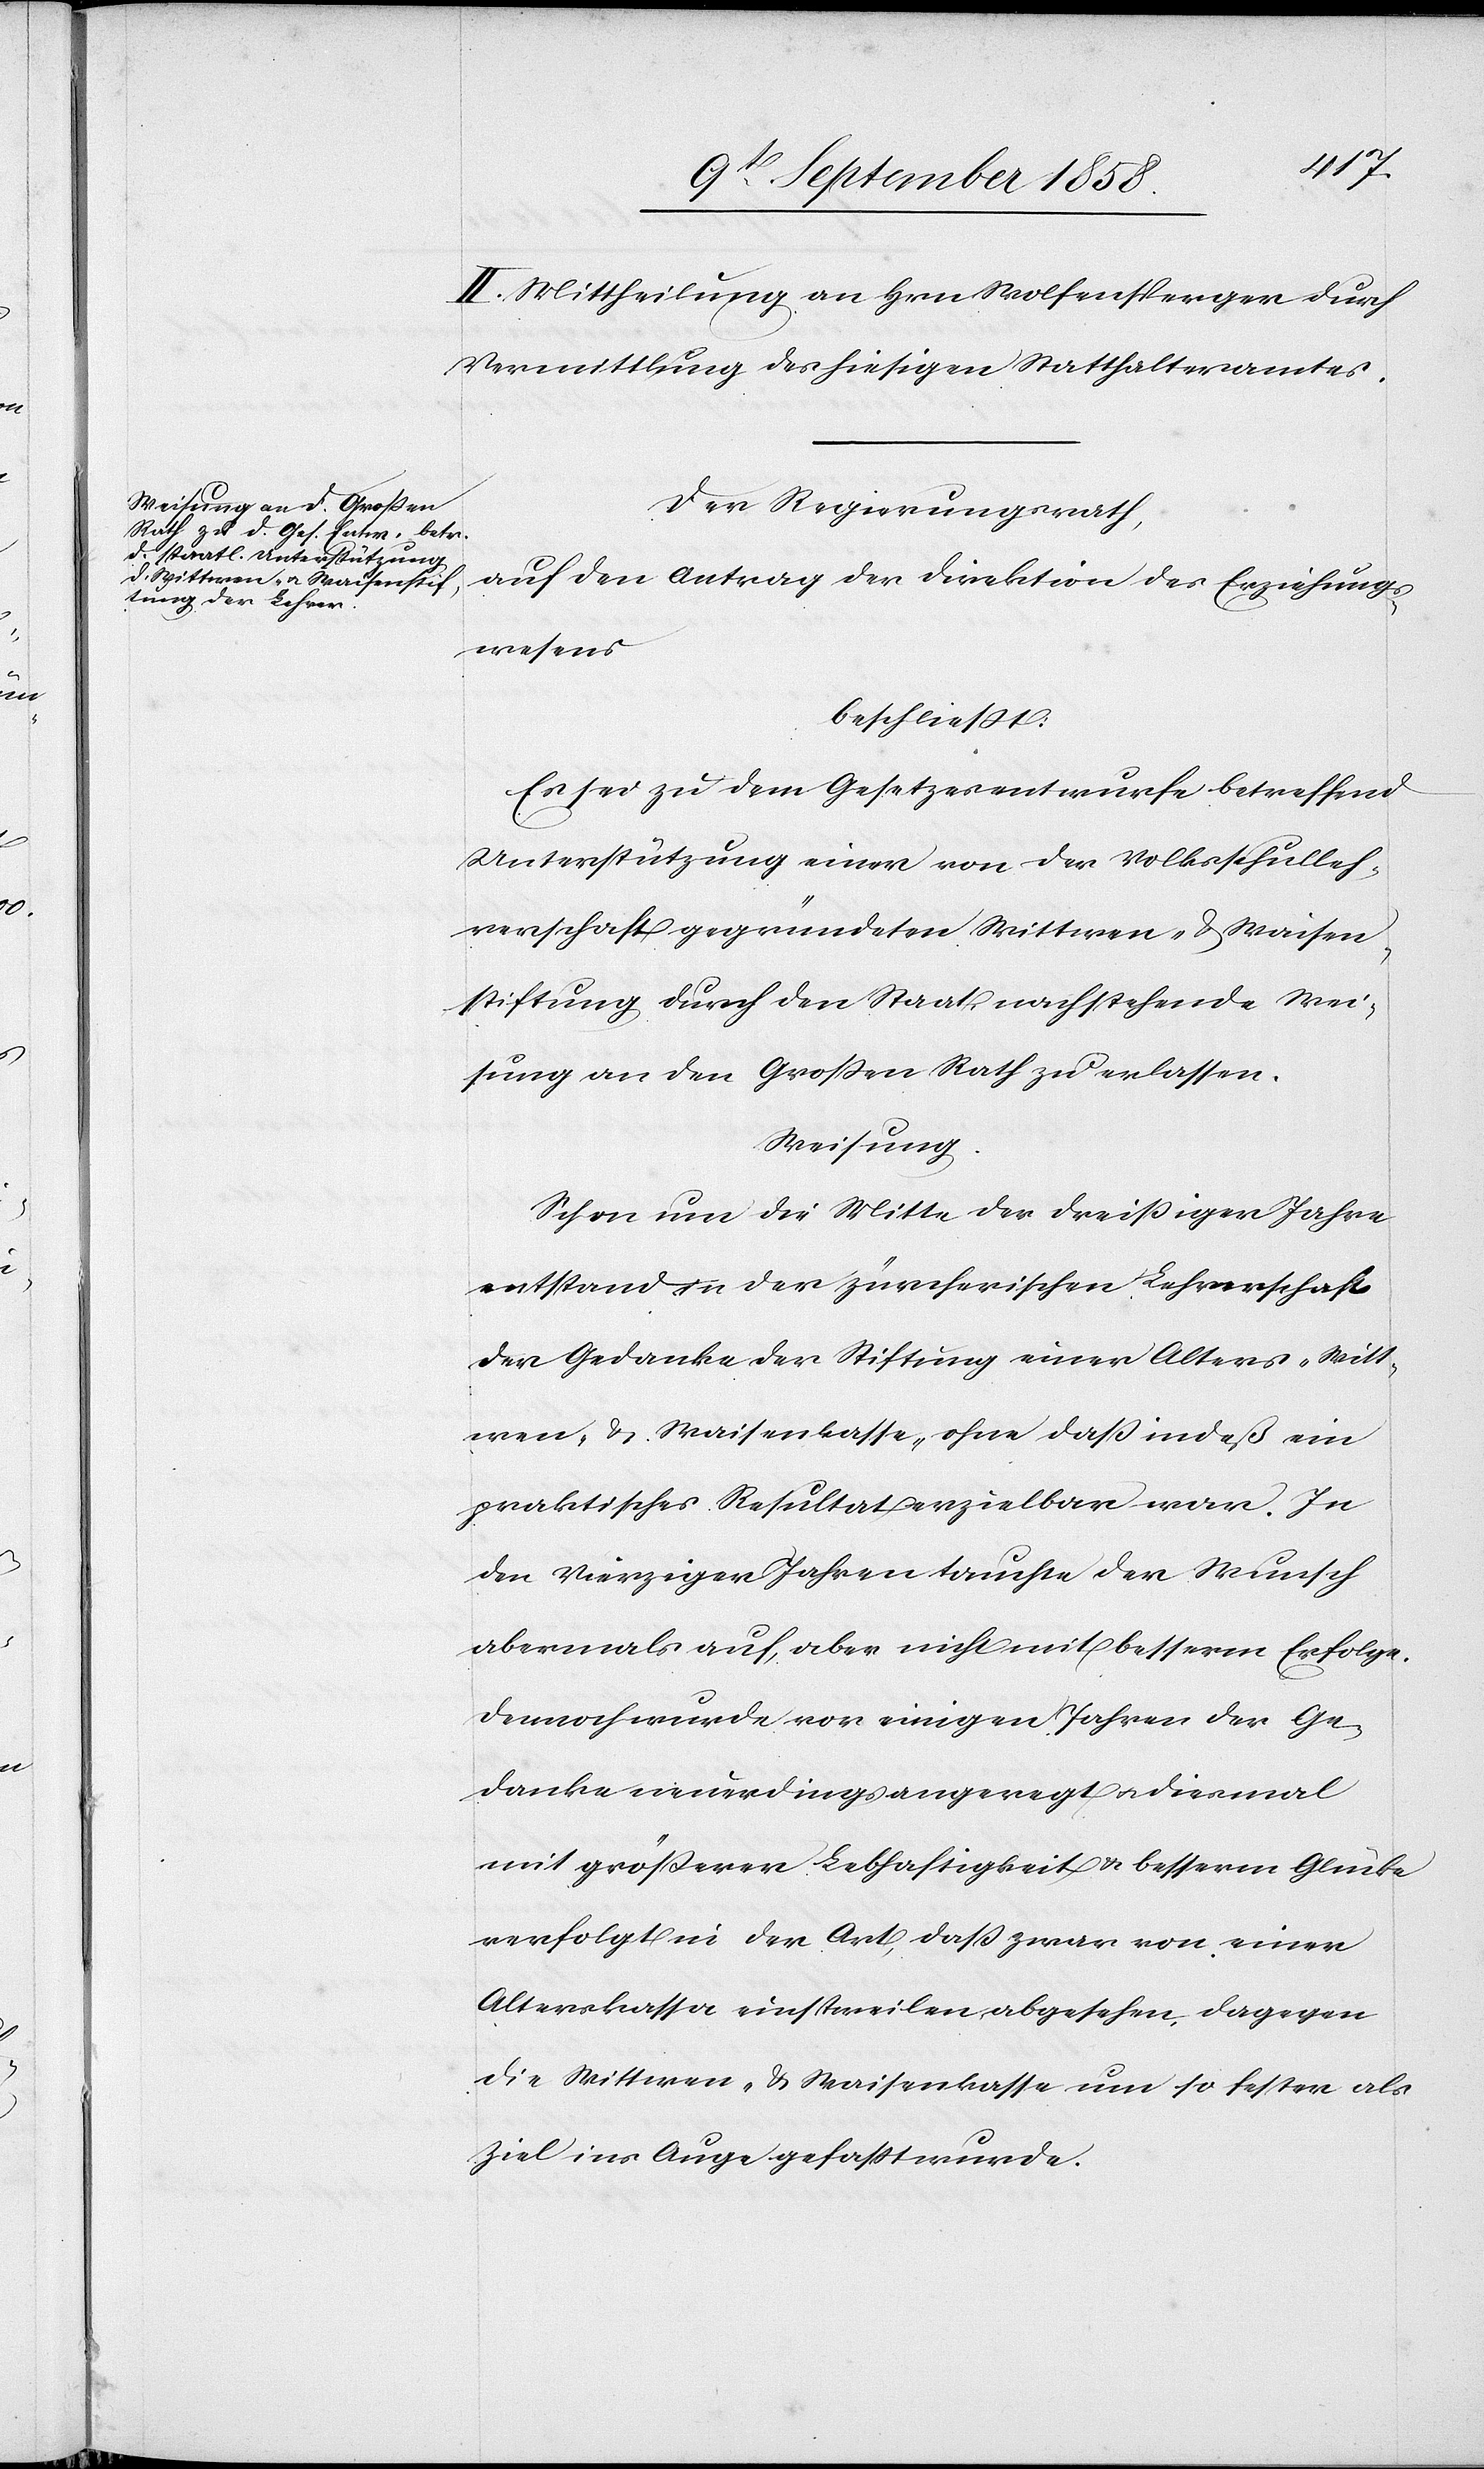
II. Mittheilung an Hrn. Wolfensperger durch
Vermittlung des hiesigen Statthalteramtes.
Der Regierungsrath,
auf den Antrag der Direktion des Erziehungs¬
wesens
beschließt:
Es sei zu dem Gesetzesentwurfe betreffend
Unterstützung einer von der Volksschulleh¬
rerschaft gegründeten Wittwen- & Waisen¬
stiftung durch den Staat nachstehende Wei¬
sung an den Großen Rath zu erlassen.
Weisung.
Schon um die Mitte der Dreißiger Jahre
entstand in der zürcherischen Lehrerschaft
der Gedanke der Stiftung einer Alters-[,] Witt¬
wen- & Waisenkasse, ohne daß indeß ein
praktisches Resultat erzielbar war. In
den Vierziger Jahren tauchte der Wunsch
abermals auf, aber nicht mit besserm Erfolge.
Dennoch wurde vor einigen Jahren der Ge¬
danke neuerdings angeregt & diesmal
mit größerer Lebhaftigkeit & besserm Glücke
verfolgt in der Art, daß zwar von einer
Alterskassa einstweilen abgesehen, dagegen
die Wittwen- & Waisenkasse um so fester als
Ziel ins Auge gefaßt wurde.